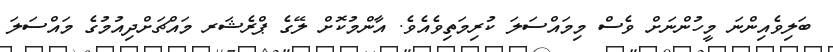
ބަލިވެއިންނަ މީހުންނަށް ވެސް މިމައްސަލަ ކުރިމަތިވެއެވެ. އާންމުކޮށް ލޭގެ ޕްރެޝަރ މައްޗަށްދިއުމުގެ މައްސަލަ